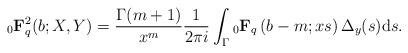
LaTeX: \begin{align*} {}_0\mathbf{F}^2_{q}(b;X,Y)=\frac{\Gamma(m+1)}{x^m} \frac{1}{2\pi i}\int_{\Gamma} {}_0\mathbf{F}_{q}\left(b-m;xs\right) \Delta_y(s) {\rm d}s. \end{align*}